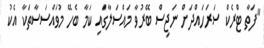
"ފަތާ ޓްރެކް ސަރަހައްދަށް ނަޖިސް ބޭރުވާ މައްސަލާގައި ކަމާ ބެހޭ މުވައްސަސާތަކާ އެކު